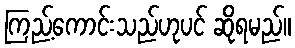
ကြည့်ကောင်းသည်ဟုပင် ဆိုရမည်။